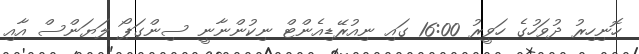
ހޮނިހިރު ދުވަހުގެ ހަވީރު 16:00 ގައި ނިއުރޭޑިއެންޓް ނިކުންނާނީ ސިންގަޕޯ ލަޔަންސް އާއި